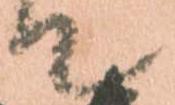
て